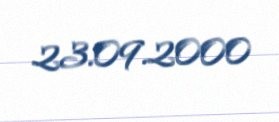
23.09.2000